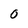
Character: 0